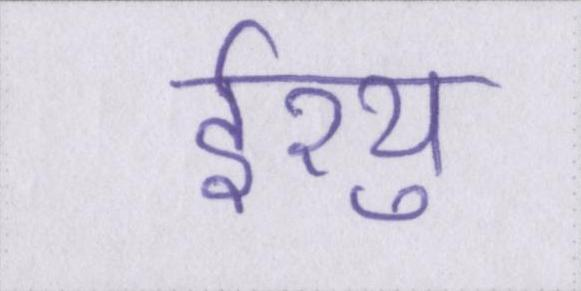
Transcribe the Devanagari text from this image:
ईश्यु